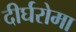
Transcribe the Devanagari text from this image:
दीर्घरोमा